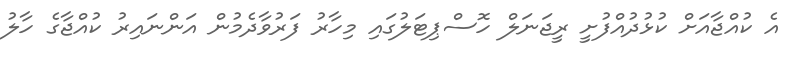
އެ ކުއްޖާއަށް ކުޅުދުއްފުށީ ރީޖަނަލް ހޮސްޕިޓަލުގައި މިހާރު ފަރުވާދެމުން އަންނައިރު ކުއްޖާގެ ހާލު